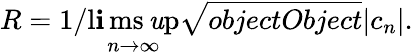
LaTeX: R=1/\operatorname*{l\mathbf{i}ms\mathit{u}p}_{n\rightarrow\infty}{\sqrt{{{objectObject}}}{{|c_{n}|}}}.